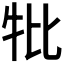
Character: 𤘥